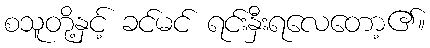
စသူတို့နှင့် ခင်မင် ရင်းနှီးရလေတော့၏။